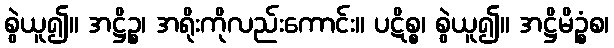
စွဲယူ၍။ အဋ္ဌိဉ္စ၊ အရိုးကိုလည်းကောင်း။ ပဋိစ္စ၊ စွဲယူ၍။ အဋ္ဌိမိဉ္စံစ၊